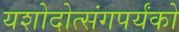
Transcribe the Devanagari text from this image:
यशोदोत्संगपर्यंको